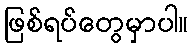
ဖြစ်ရပ်တွေမှာပါ။